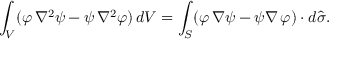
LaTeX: \int _ { V } ( \varphi \, \nabla ^ { 2 } \psi - \psi \, \nabla ^ { 2 } \varphi ) \, d V = \int _ { S } ( \varphi \, \nabla \psi - \psi \nabla \, \varphi ) \cdot d { \widehat { \sigma } } .